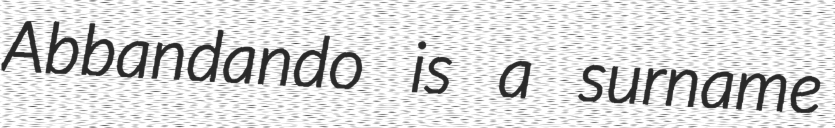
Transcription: Abbandando is a surname